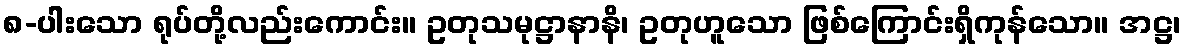
၈-ပါးသော ရုပ်တို့လည်းကောင်း။ ဥတုသမုဋ္ဌာနာနိ၊ ဥတုဟူသော ဖြစ်ကြောင်းရှိကုန်သော။ အဋ္ဌ၊